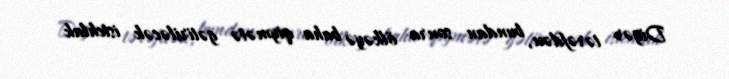
Digər tərəfdən, bundan sonra ölkəyə baha qiymətə gətiriləcək istehlak